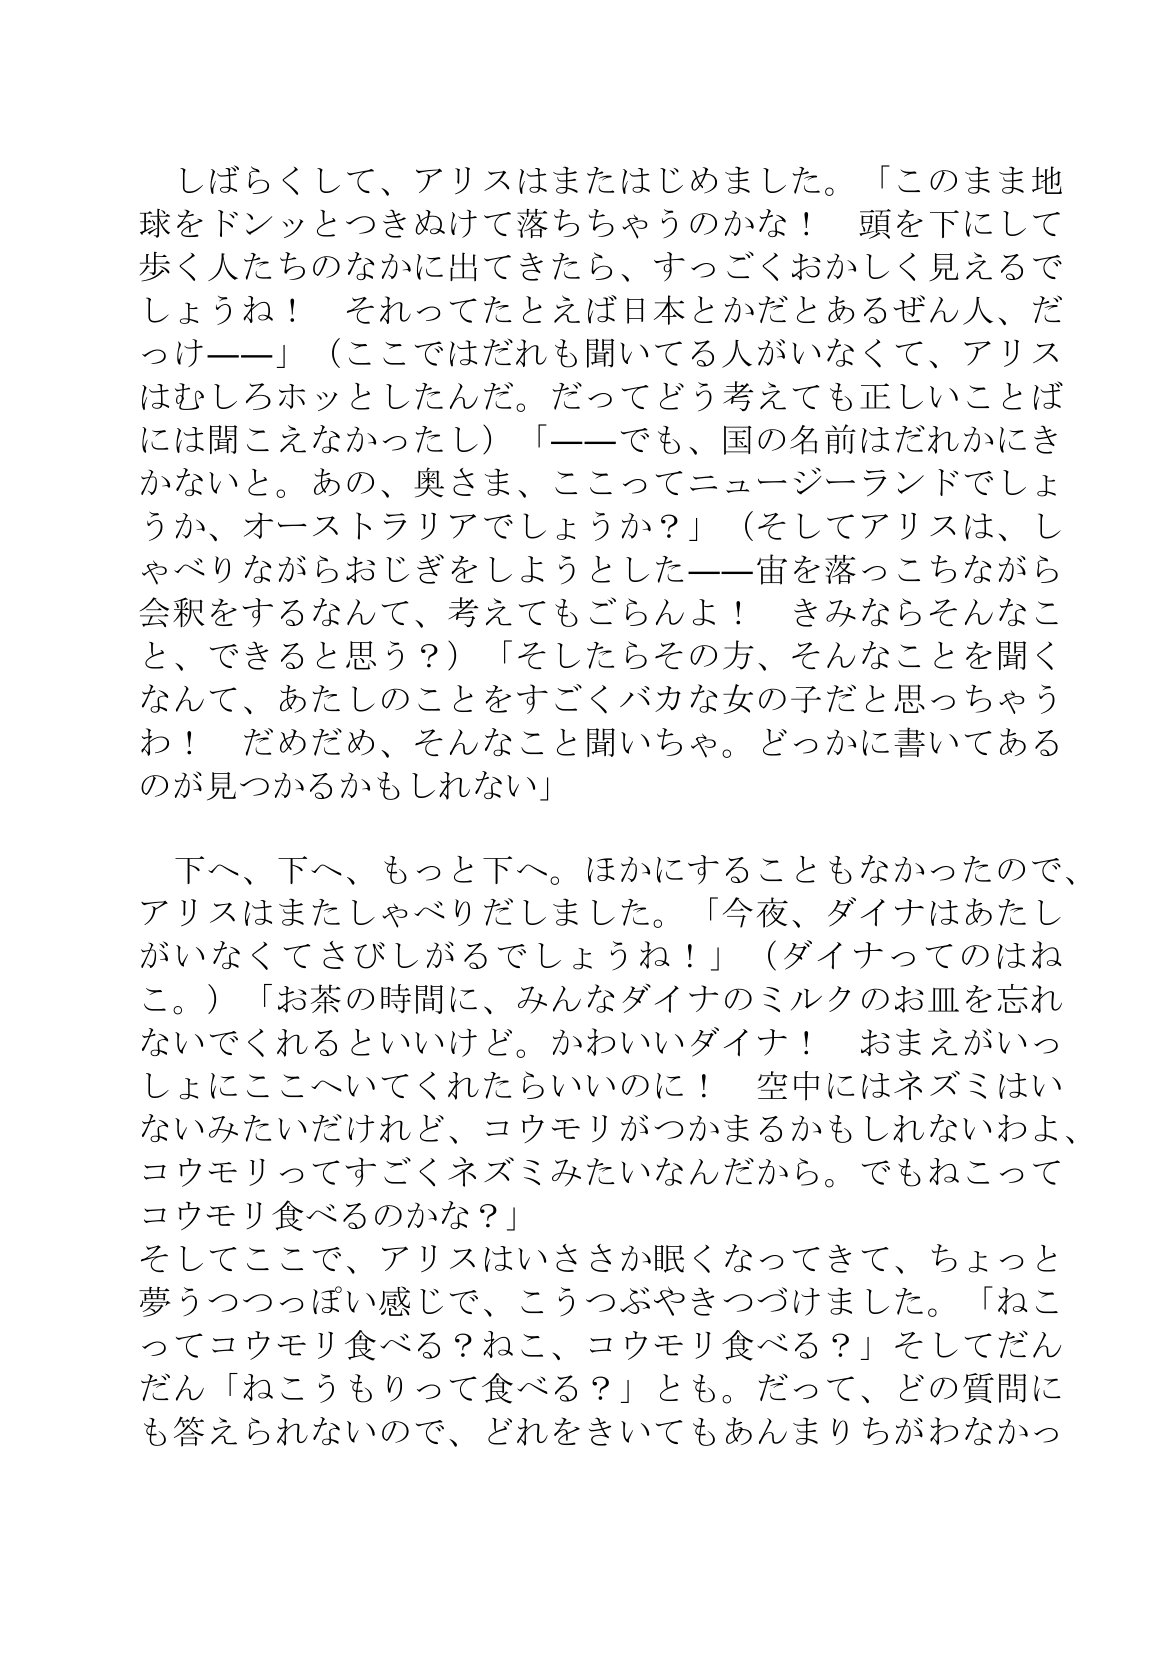
Language: ja